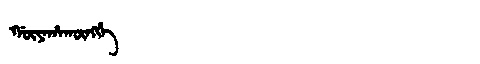
Manchu: ᡤᡡᠶᠠᡥᠠᡴᡡᠩᡤᡝ
Romanization: GŪYAHAKŪNGGE